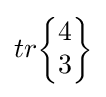
tr{\begin{Bmatrix}4\\3\end{Bmatrix}}